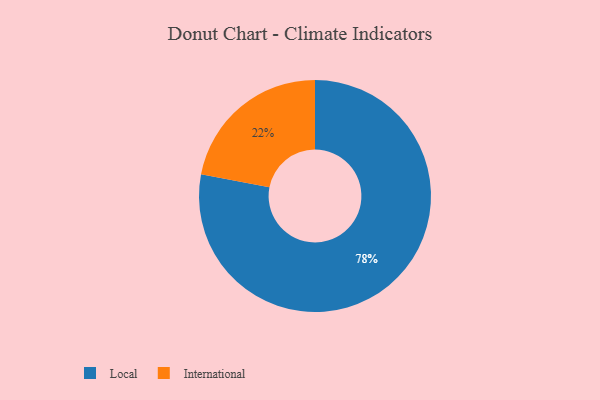
{"axis": {"x": "Category", "y": "Percentage"}, "legend": ["International", "Local"], "data": [{"x": "International", "y": 22, "type": "International"}, {"x": "Local", "y": 78, "type": "Local"}]}